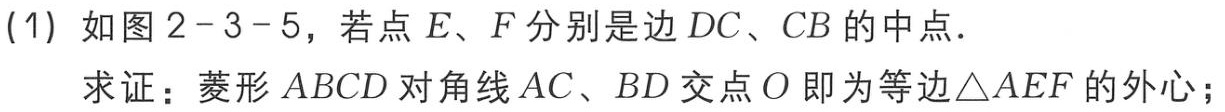
(1) 如图2-3-5，若点\(E、F\)分别是边\(DC、CB\)的中点．

求证：菱形\(ABCD\)对角线\(AC、BD\)交点\(O\)即为等边\(\triangle AEF\)的外心；